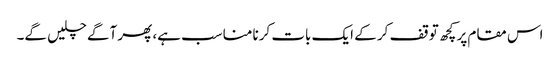
اس مقام پر کچھ توقف کر کے ایک بات کرنا مناسب ہے، پھر آگے چلیں گے۔